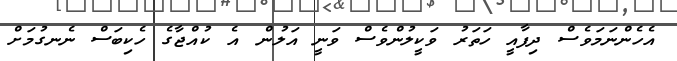
އެހެންނަމަވެސް ދިފާއީ ހަތަރު ވަކީލުންވެސް ވަނީ އަލުން އެ ކުއްޖާގެ ހެކިބަސް ނެނގުމަށް